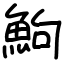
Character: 鮈